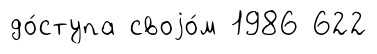
до́ступа своjо́м 1986 622